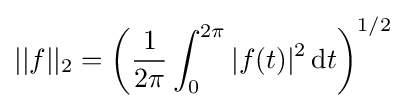
||f||_{2}=\left({\frac {1}{2\pi }}\int _{0}^{2\pi }|f(t)|^{2}\,\mathrm {d} t\right)^{1/2}